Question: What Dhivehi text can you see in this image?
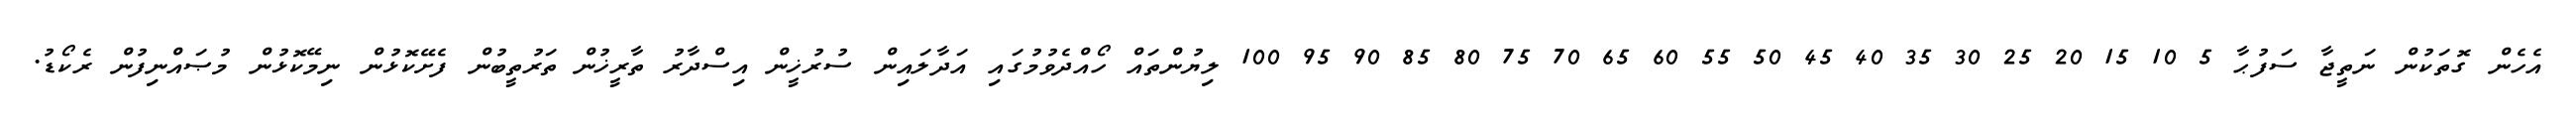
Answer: އެހެން ގޮތަކުން ނަތީޖާ ސަފުޙާ 5 10 15 20 25 30 35 40 45 50 55 60 65 70 75 80 85 90 95 100 ލިޔުންތައް ހޯއްދެވުމުގައި އަދާލައިން ސުރުޚީން އިސްދާރު ތާރީޚުން ތަރުތީބުން ފެށޭކޮޅުން ނިމޭކޮޅުން މުޞައްނިފުން ރެކޯޑު.